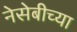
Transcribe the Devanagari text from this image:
नेसेबीच्या